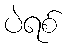
ပဲရစ်